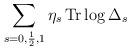
LaTeX: \begin{align*}\sum_{s=0,\frac{1}{2},1}\eta_s\,{\rm Tr}\log\Delta_s\end{align*}